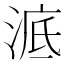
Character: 𣷳